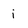
Character: i